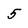
Character: 5